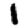
Digit: 1